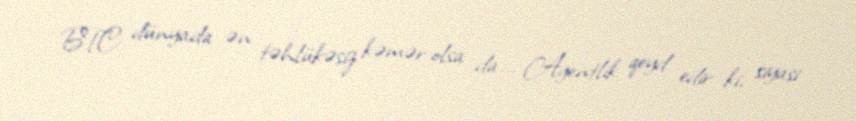
BTC dünyada ən təhlükəsiz kəmər olsa da... Agentlik qeyd edir ki, siyasi